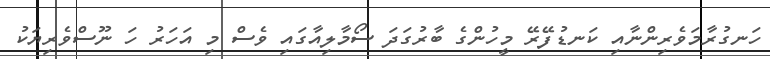
ހަނގުރާމަވެރިންނާއި ކަނޑުފޭރޭ މީހުންގެ ބާރުގަދަ ސޯމާލިއާގައި ވެސް މި އަހަރު ހަ ނޫސްވެރިޔަކު